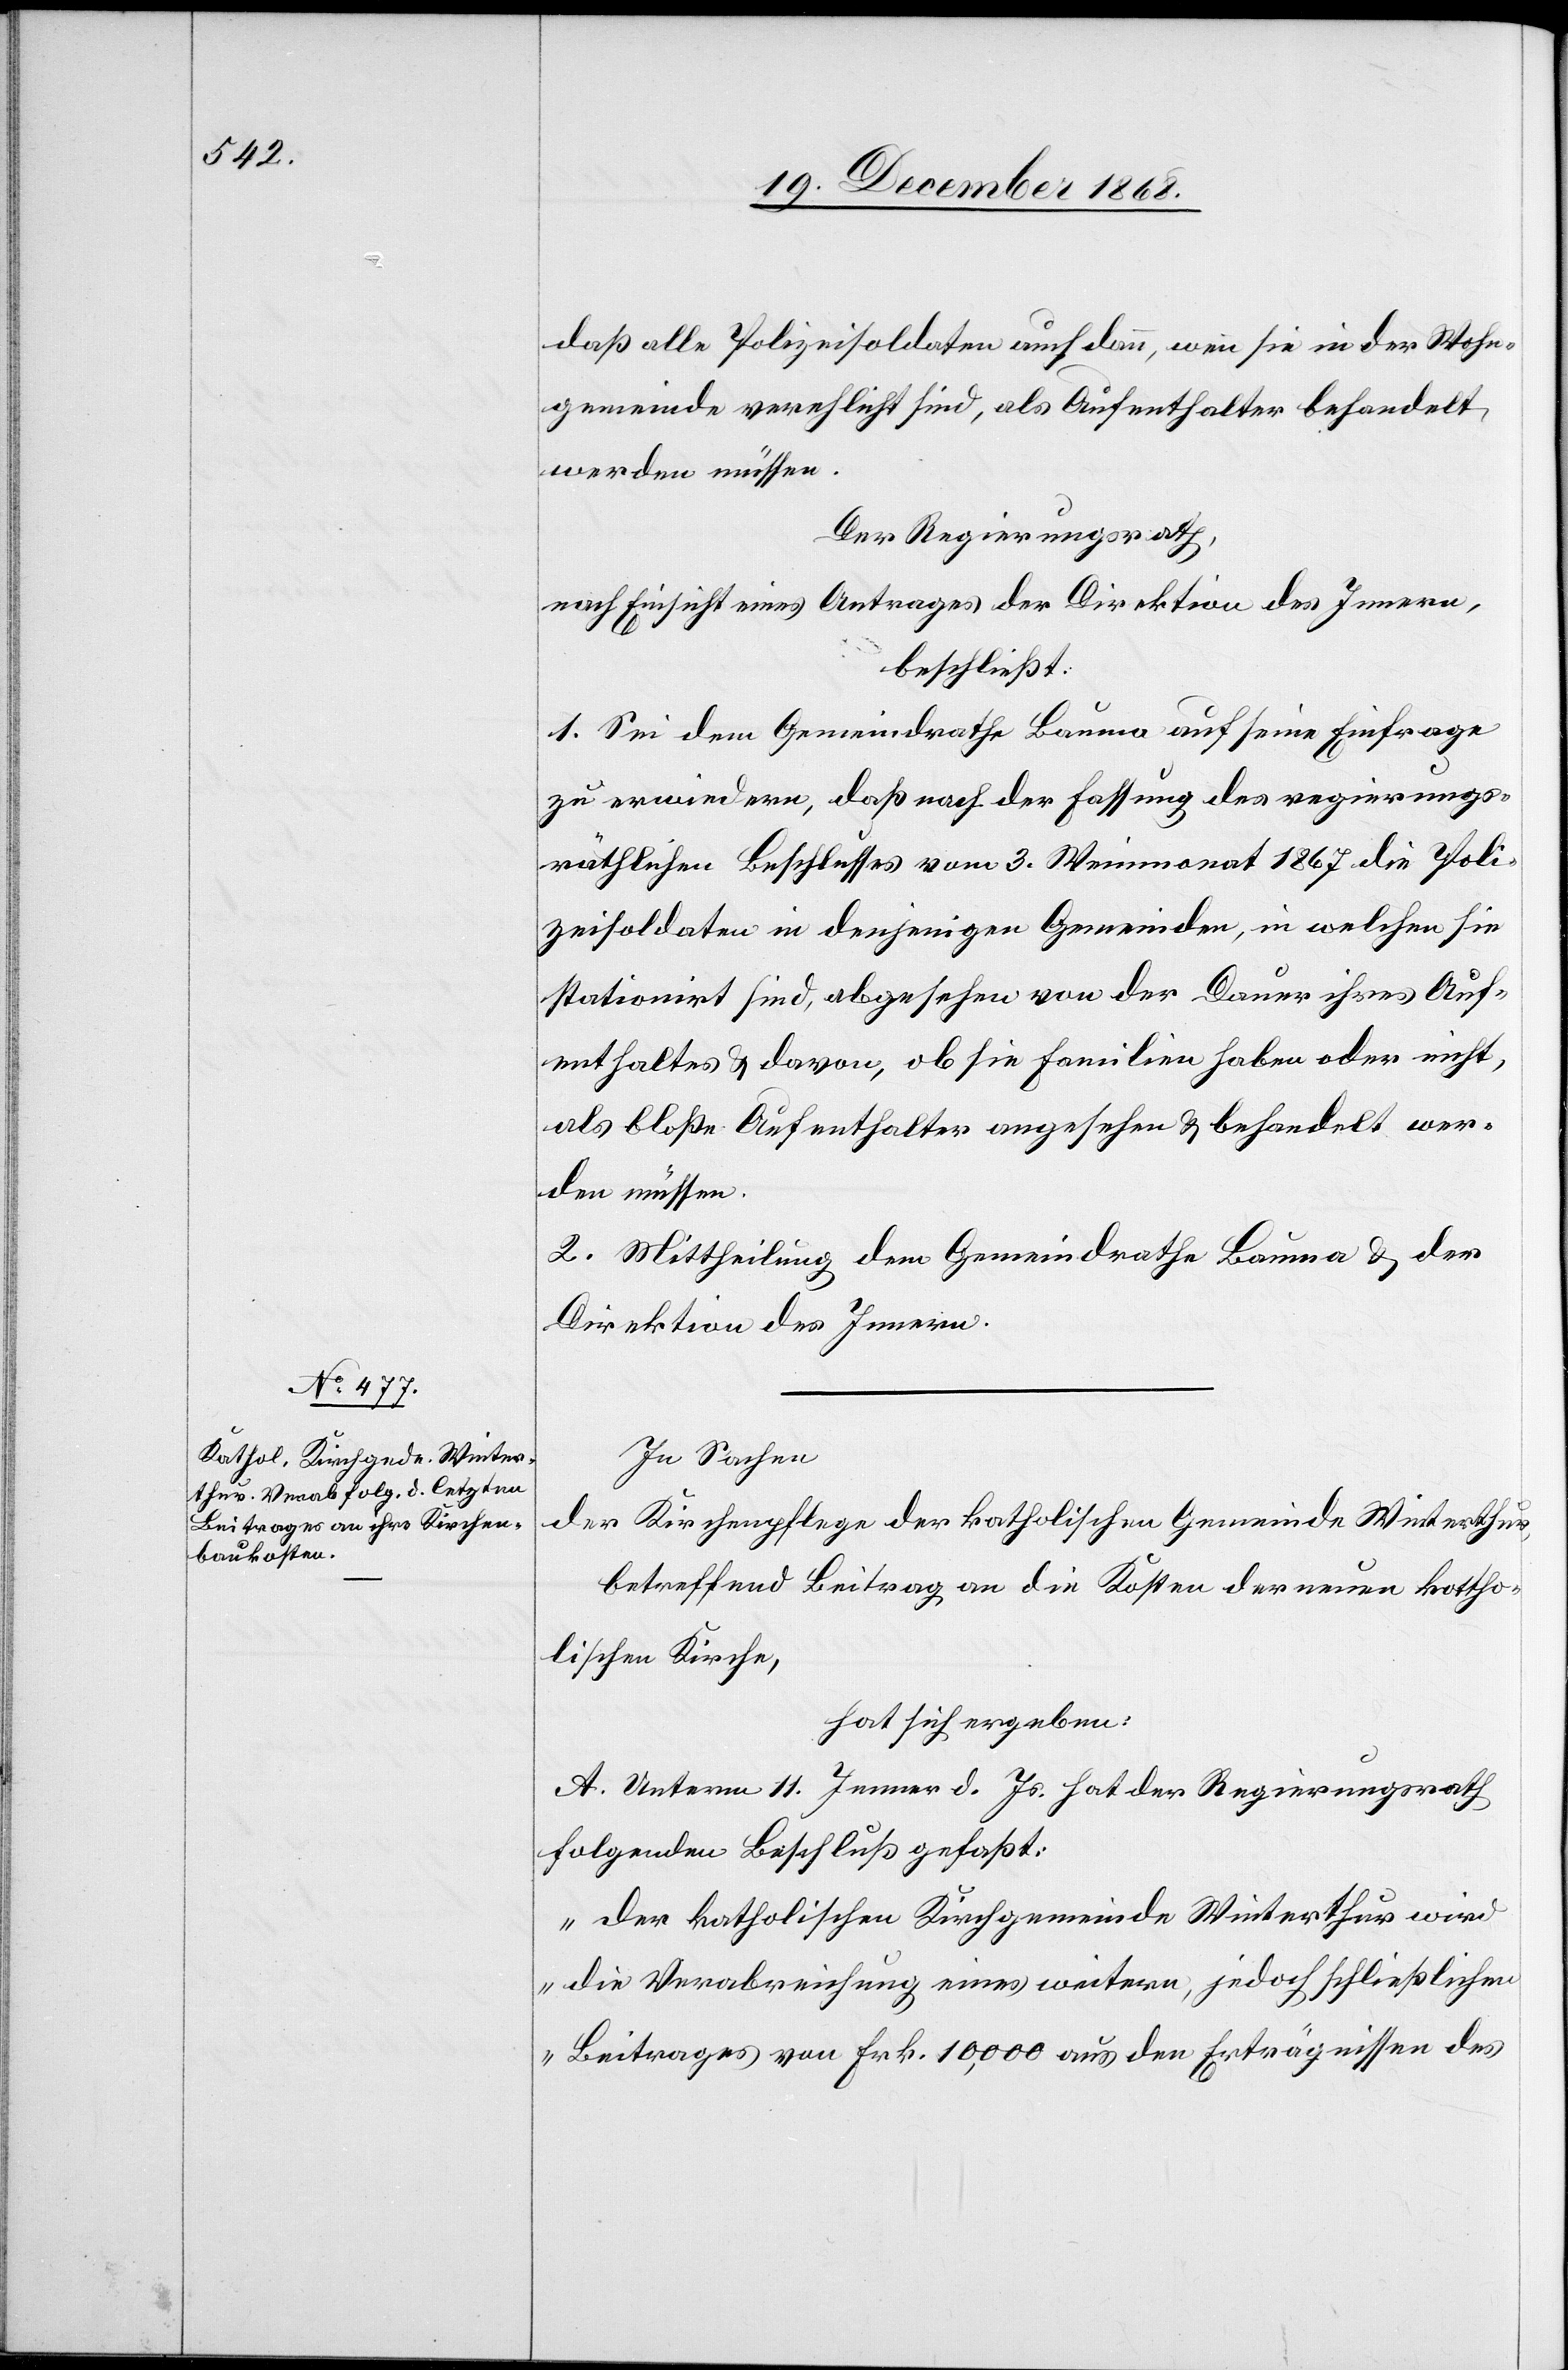
daß alle Polizeisoldaten auch dann, wenn sie in der Wohn¬
gemeinde verehlicht sind, als Aufenthalter behandelt
werden müssen.
Der Regierungsrath,
nach Einsicht eines Antrages der Direktion des Innern,
beschließt:
1. Sei dem Gemeindrathe Bauma auf seine Einfrage
zu erwiedern, daß nach der Fassung des regierungs¬
räthlichen Beschlusses vom 3. Weinmonat 1867 die Poli¬
zeisoldaten in denjenigen Gemeinden, in welchen sie
stationirt sind, abgesehen von der Dauer ihres Auf¬
enthaltes & davon, ob sie Familien haben oder nicht,
als bloße Aufenthalter angesehen & behandelt wer¬
den müssen.
2. Mittheilung dem Gemeindrathe Bauma & der
Direktion des Innern.
In Sachen
der Kirchenpflege der katholischen Gemeinde Winterthur,
betreffend Beitrag an die Kosten der neuen katho¬
lischen Kirche,
hat sich ergeben:
A. Unterm 11. Jenner d. Js. hat der Regierungsrath
folgenden Beschluß gefaßt:
„Der katholischen Kirchgemeinde Winterthur wird
die Verabreichung eines weitern, jedoch schließlichen
Beitrages von Frk. 10,000 aus den Erträgnissen des